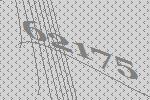
62175